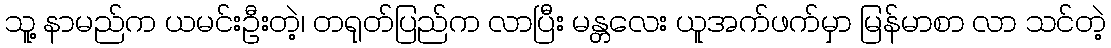
သူ့ နာမည်က ယမင်းဦးတဲ့၊ တရုတ်ပြည်က လာပြီး မန္တလေး ယူအက်ဖက်မှာ မြန်မာစာ လာ သင်တဲ့